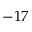
- 1 7